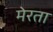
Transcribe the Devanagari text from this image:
मेरता